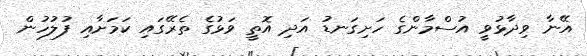
އޭނާ ވިދާޅުވީ އުސްމާންގެ ހަށިގަނޑު އަދި އޮތީ ވަޅުގެ ތެރޭގައި ކަމަށާއި ފުލުހުން